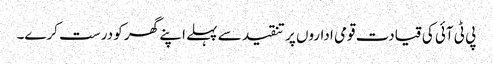
پی ٹی آئی کی قیادت قومی اداروں پر تنقید سے پہلے اپنے گھر کو درست کرے۔